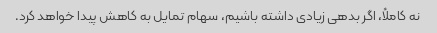
نه کاملاً، اگر بدهی زیادی داشته باشیم، سهام تمایل به کاهش پیدا خواهد کرد.